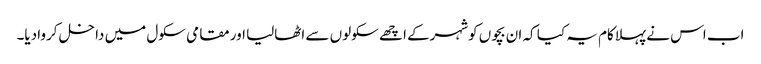
اب اس نے پہلاکام یہ کیا کہ ان بچوں کوشہرکے اچھے سکولوں سے اٹھالیا اور مقامی سکول میں داخل کروادیا۔